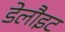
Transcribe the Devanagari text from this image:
डेलौइट